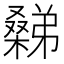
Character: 𣜹